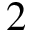
2